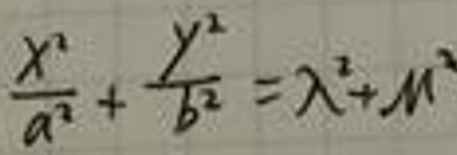
\(\frac{x^{2}}{a^{2}}+\frac{y^{2}}{b^{2}}=\lambda^{2}+M^{2}\)